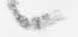
候